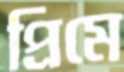
প্রিমে